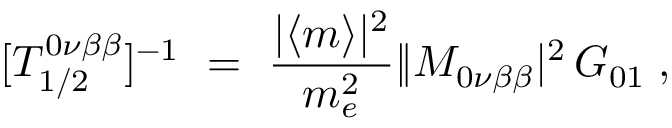
[ T _ { 1 / 2 } ^ { 0 \nu \beta \beta } ] ^ { - 1 } \ = \ \frac { | \langle m \rangle | ^ { 2 } } { m _ { e } ^ { 2 } } \| { \cal M } _ { 0 \nu \beta \beta } | ^ { 2 } \, G _ { 0 1 } \; ,